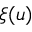
\xi ( u )